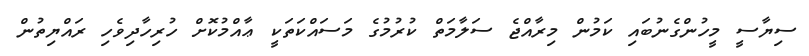
ސިޔާސީ މީހުންގެނުބައި ކަމުން މިރާއްޖެ ސަލާމަތް ކުރުމުގެ މަސައްކަތަކީ ޢާއްމުކޮށް ހުރިހާދިވެހި ރައްޔިތުން